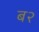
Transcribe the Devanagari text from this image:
ब२